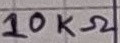
Text: 10KΩ